Kirjastus_Kulvaja, lk 2
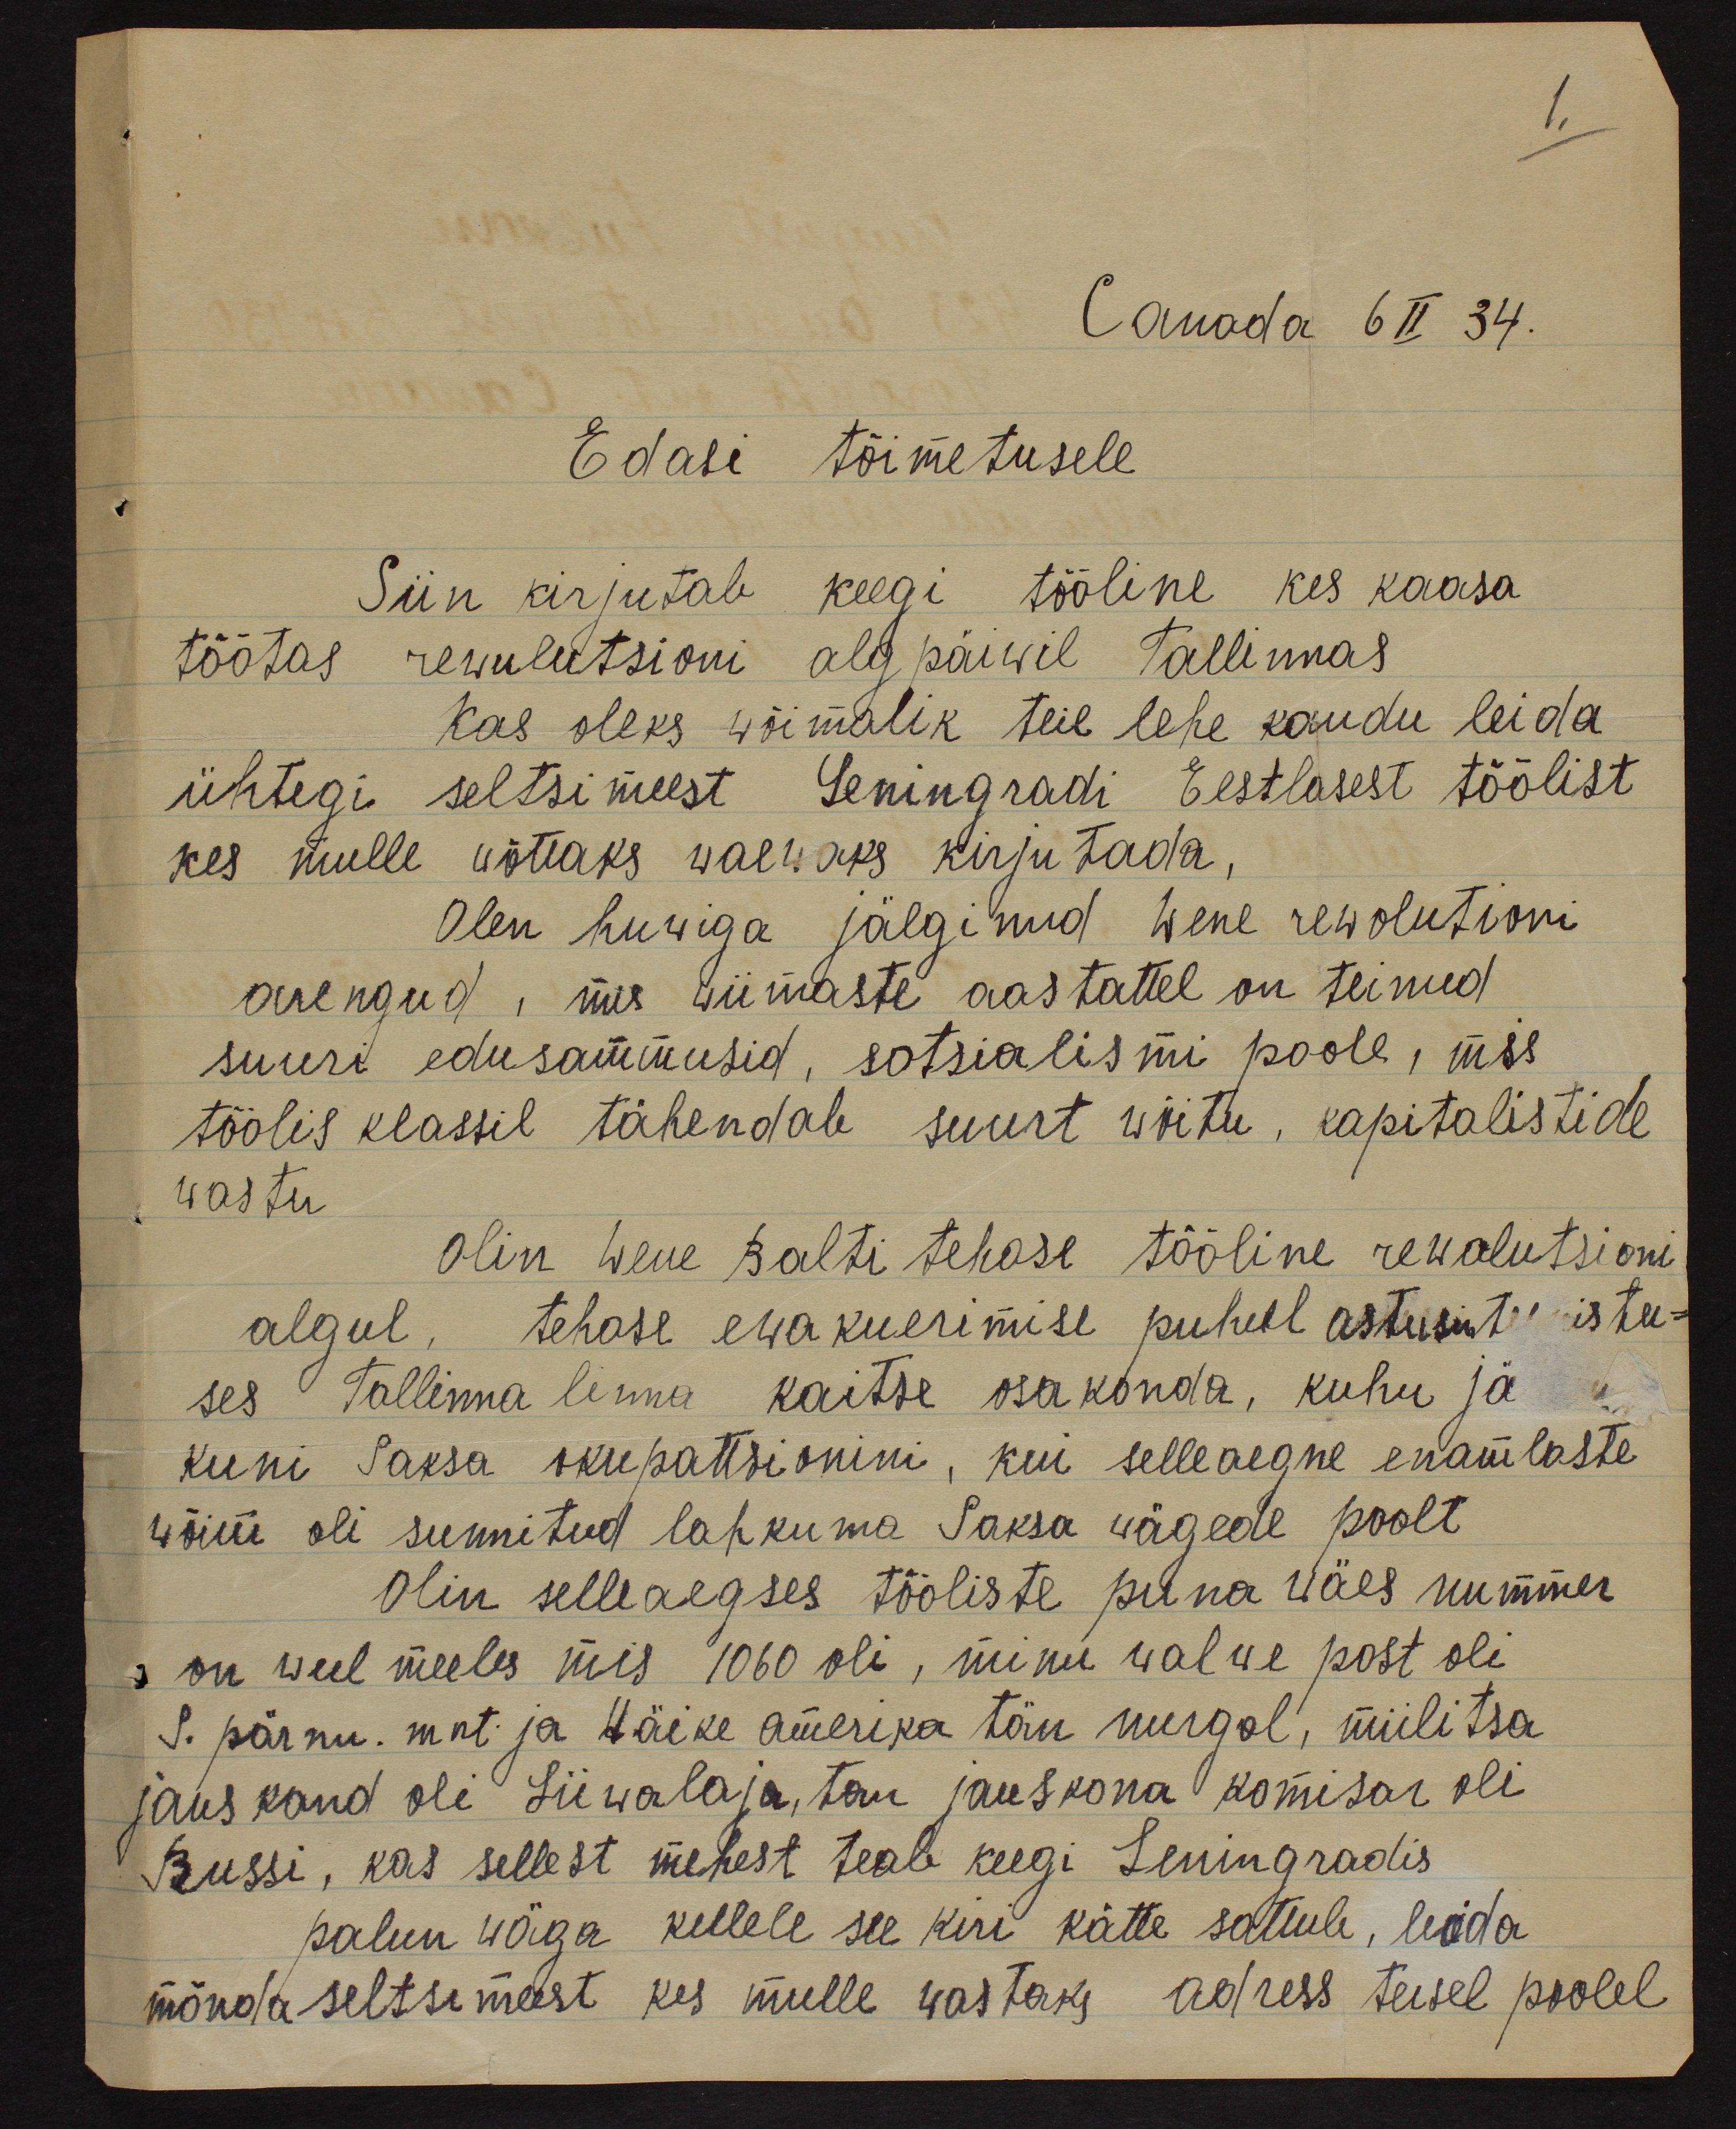
1.
Canada 6 II 34.
Edasi töimetusele
Siin kirjutab keegi tööline kes kaasa
töötas rewulutsioni algpäiwil Tallinnas
Kas oleks wõimalik teie lehe kaudu leida
ühtegi seltsimeest Leringradi Eestlasest töölist
kes mulle wõttaks waewaks kirjutada,
Olen huwiga jälginud wene rewolutioni
arengud, mis wiimaste aastattel on teinud
suuri edusammusid, sotsialismi poole, mis
töölis klassil tähendab suurt wõitu, kapitalistide
wastu.
olin Wene Balti tehase tööline rewolutsioni
algul, tehase ewakuerimise puhul astusin ti istu-
ses Tallinna linna kaitse osakonda, kuhu jä
kuni saksa okupatsionini, kui selleaegne enamlaste
wõim oli sunnitud lahkuma Saksa wägede poolt
Olin selleaegses tööliste puna wäes nummer
on weel meeles mis 1060 oli, minu walwe post oli
S. pärnu. mnt ja Wäike Amerika tän nurgal, miilitsa
jauskond oli Liiwalaja, tän jauskona komisar oli
Bussi, kas sellest mehest teab keegi Leningradis
palun wäga kellele see kiri kätte sattub, leida
mõnda seltsimeest kes mulle wastaks adress teisel poolel